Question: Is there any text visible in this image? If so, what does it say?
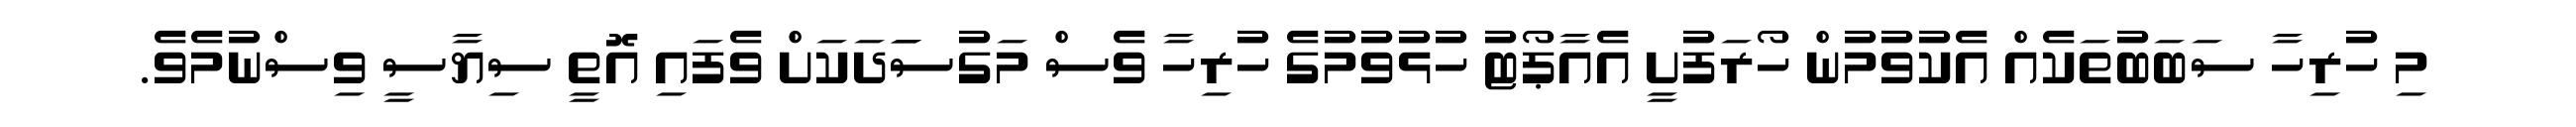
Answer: މި ހުރިހާ ސަބަބުތަކެއް އެކުވުމުން ހޯރަފުށީ އެއާޕޯޓު ހުޅުވުމުގެ ހުރިހާ ވެސް މަގުސަަދަކަށް ވެފައި އޮތީ ސިޔާސީ ވިސްނުމެވެ.